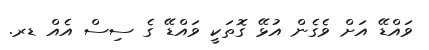
ވައްޑޭ އަށް ވެގެން އުޅޭ ގޮތަކީ ވައްޑޭ ގެ ސިސް އެއް ޑރ.